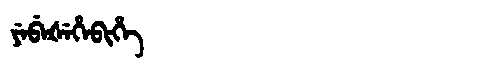
Manchu: ᠶᡝᠪᡝᡧᡝᡥᡝᠪᡳᡥᡝ
Romanization: YEBEŠEHEBIHE